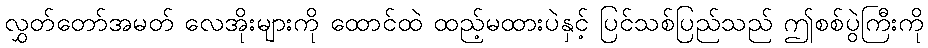
လွှတ်တော်အမတ် လေအိုးများကို ထောင်ထဲ ထည့်မထားပဲနှင့် ပြင်သစ်ပြည်သည် ဤစစ်ပွဲကြီးကို